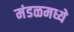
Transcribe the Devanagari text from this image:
मंडळमध्ये